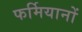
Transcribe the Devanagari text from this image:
फर्मियानों